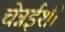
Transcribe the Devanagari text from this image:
चेन्नईशी